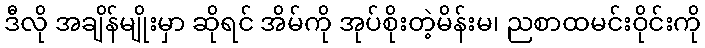
ဒီလို အချိန်မျိုးမှာ ဆိုရင် အိမ်ကို အုပ်စိုးတဲ့မိန်းမ၊ ညစာထမင်းဝိုင်းကို